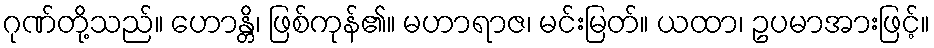
ဂုဏ်တို့သည်။ ဟောန္တိ၊ ဖြစ်ကုန်၏။ မဟာရာဇ၊ မင်းမြတ်။ ယထာ၊ ဥပမာအားဖြင့်။